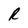
Character: R